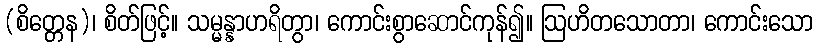
(စိတ္တေန)၊ စိတ်ဖြင့်။ သမ္မန္နာဟရိတွာ၊ ကောင်းစွာဆောင်ကုန်၍။ ဩဟိတသောတာ၊ ကောင်းသော